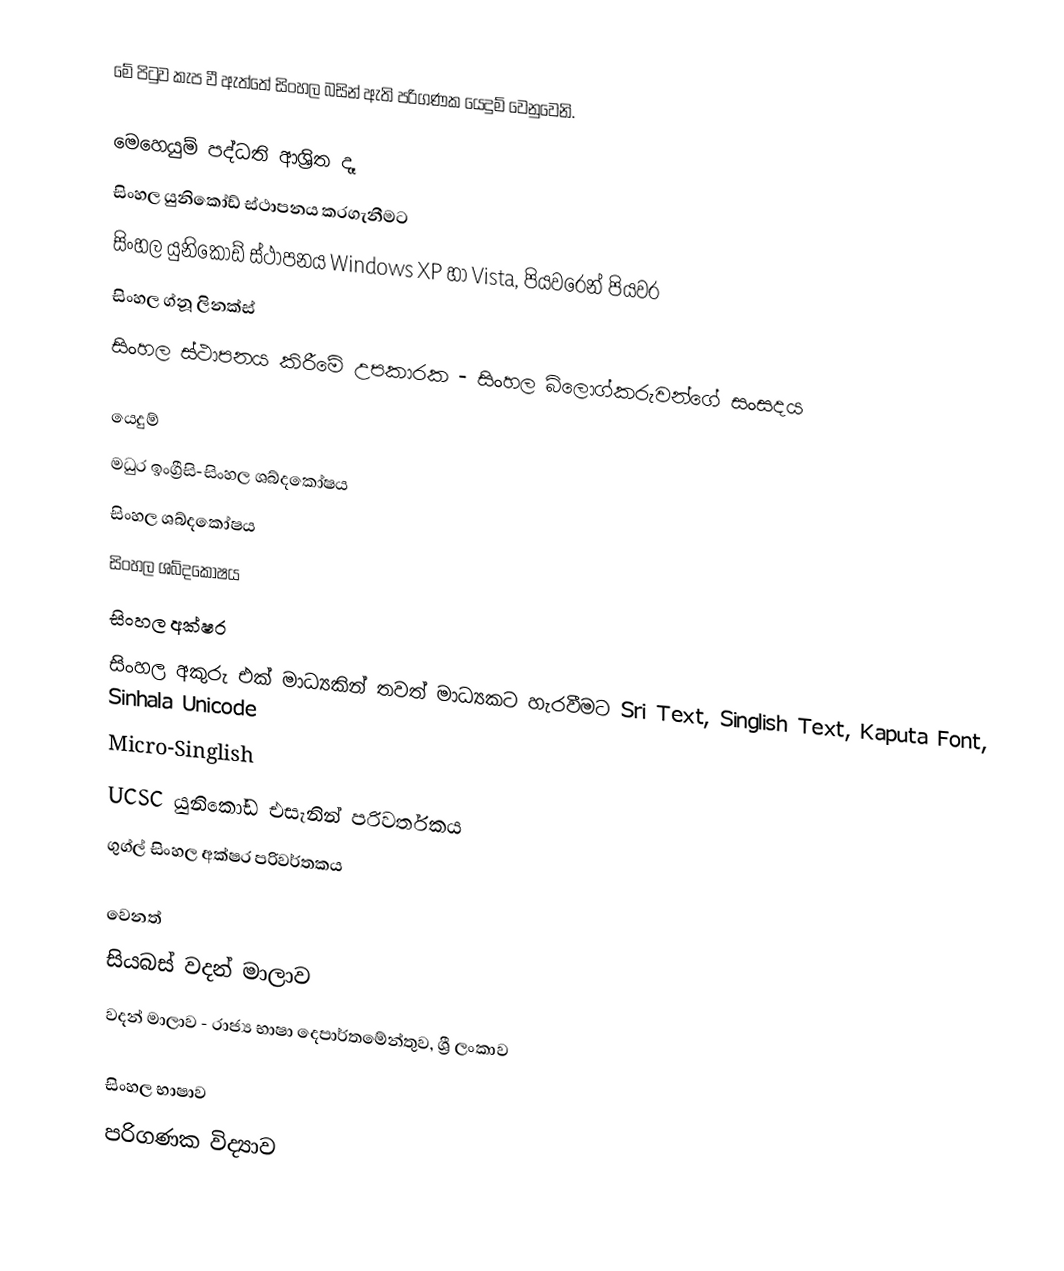
මේ පිටුව කැප වී ඇත්තේ සිංහල බසින් ඇති පරිගණක යෙදුම් වෙනුවෙනි.

මෙහෙයුම් පද්ධති ආශ්‍රිත දෑ
සිංහල යුනිකෝඩ් ස්ථාපනය කරගැනීමට
සිංහල යුනිකෝඩ් ස්ථාපනය Windows XP හා Vista, පියවරෙන් පියවර
සිංහල ග්නූ ලිනක්ස්
සිංහල ස්ථාපනය කිරීමේ උපකාරක - සිංහල බ්ලොග්කරුවන්ගේ සංසදය

යෙදුම්
මධුර ඉංග්‍රීසි-සිංහල ශබ්දකෝෂය
සිංහල ශබ්දකෝෂය
සිංහල ශබ්දකෝෂය
සිංහල අක්ෂර
සිංහල අකුරු එක් මාධ්‍යකින් තවත් මාධ්‍යකට හැරවීමට Sri Text, Singlish Text, Kaputa Font, Sinhala Unicode
Micro-Singlish
UCSC යුනිකෝඩ එසැනින් පරිවර්තකය
ගුග්ල් සිංහල අක්ෂර පරිවර්තකය

වෙනත්
 සියබස් වදන් මාලාව
 වදන් මාලාව - රාජ්‍ය භාෂා දෙපාර්තමේන්තුව, ශ්‍රී ලංකාව

සිංහල භාෂාව
පරිගණක විද්‍යාව